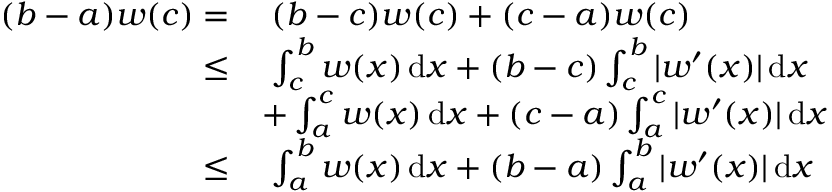
\begin{array} { r l } { ( b - a ) w ( c ) = } & { \; ( b - c ) w ( c ) + ( c - a ) w ( c ) } \\ { \leq } & { \; \int _ { c } ^ { b } w ( x ) \, \mathrm { d } x + ( b - c ) \int _ { c } ^ { b } | w ^ { \prime } ( x ) | \, \mathrm { d } x } \\ & { + \int _ { a } ^ { c } w ( x ) \, \mathrm { d } x + ( c - a ) \int _ { a } ^ { c } | w ^ { \prime } ( x ) | \, \mathrm { d } x } \\ { \leq } & { \; \int _ { a } ^ { b } w ( x ) \, \mathrm { d } x + ( b - a ) \int _ { a } ^ { b } | w ^ { \prime } ( x ) | \, \mathrm { d } x } \end{array}